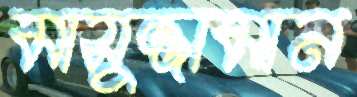
মাসুজ্জামান